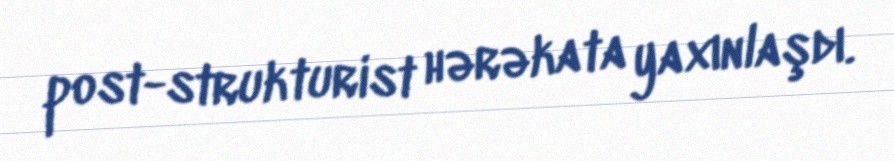
post-strukturist hərəkata yaxınlaşdı.